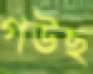
গউছ